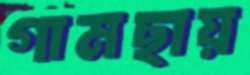
গামছায়